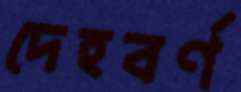
দেহবর্ণ